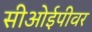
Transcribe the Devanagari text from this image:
सीओईपीवर